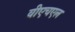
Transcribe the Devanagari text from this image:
वीएचएल